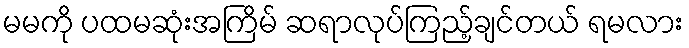
မမကို ပထမဆုံးအကြိမ် ဆရာလုပ်ကြည့်ချင်တယ် ရမလား